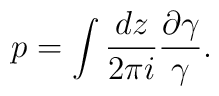
p=\int {d z\over 2\pi i}{\partial \gamma\over \gamma}.